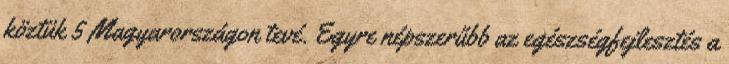
köztük 5 Magyarországon tevé. Egyre népszerűbb az egészségfejlesztés a